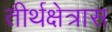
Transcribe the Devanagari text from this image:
तीर्थक्षेत्रास